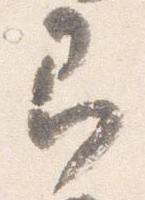
即